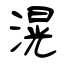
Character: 滉